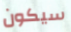
سيكون